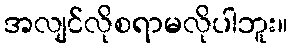
အလျင်လိုစရာမလိုပါဘူး။